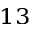
^ { 1 3 }